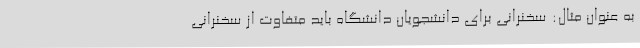
به عنوان مثال: سخنرانی برای دانشجویان دانشگاه باید متفاوت از سخنرانی